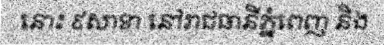
នោះ ៩សាខា នៅរាជធានីភ្នំពេញ និង